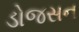
ડોજસન